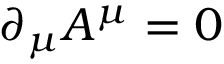
\partial _ { \mu } A ^ { \mu } = 0